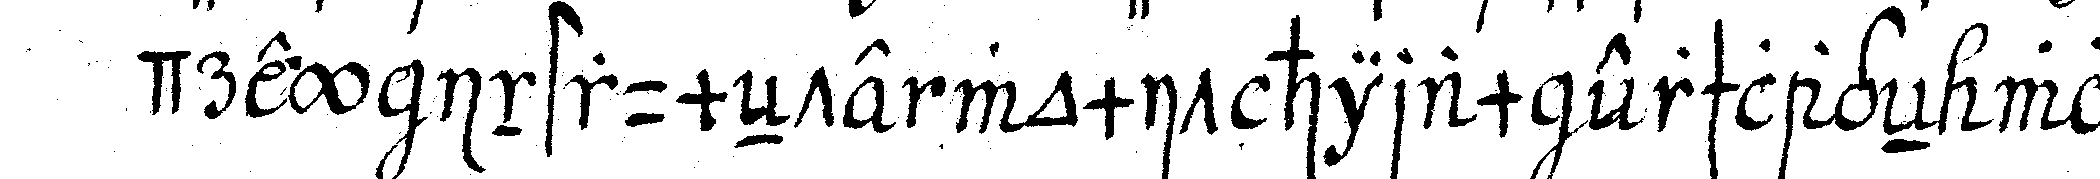
drey instrumeNte womit hiram erschlageN wor